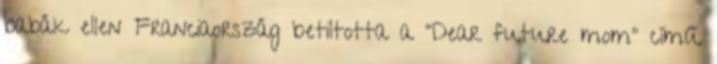
babák ellen Franciaország betiltotta a "Dear future mom" című